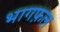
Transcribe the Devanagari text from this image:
भागफ़ल